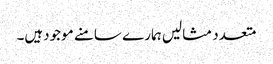
متعدد مثالیں ہمارے سامنے موجودہیں۔